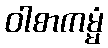
ဝါစာကမ္မံ